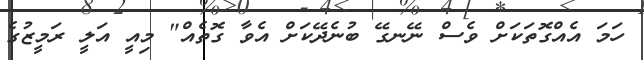
ހަމަ އެއްގޮތަކަށް ވެސް ނޭނގޭ ބުނެދޭކަށް އެވާ ގޮތެއް" މިއީ އަލީ ރަމީޒުގެ